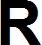
R